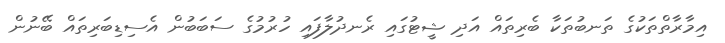
އިމާރާތްތަކުގެ ތަނބުތަކާ ބެރިތައް އަދި ޝީޓުގައި ރެނދުލާފައި ހުރުމުގެ ސަބަބުން އެސިޑިބަރިތައް ބޭނުން